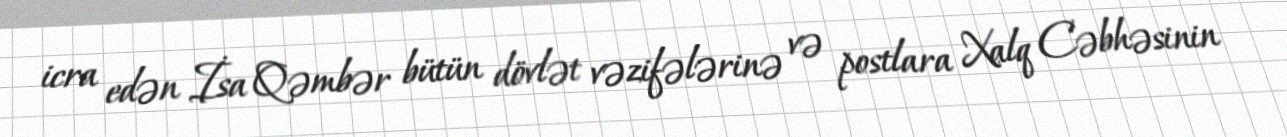
icra edən İsa Qəmbər bütün dövlət vəzifələrinə və postlara Xalq Cəbhəsinin